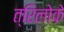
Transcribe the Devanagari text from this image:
त्रिलोके